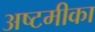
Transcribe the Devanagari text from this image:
अष्टमीका